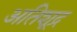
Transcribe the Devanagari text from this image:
अतिशूद्र